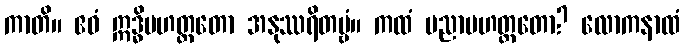
ကာတိ။ ဧဝံ ဣဒ္ဓိမဟတ္တတော အနုဿရိတဗ္ဗံ။ ကထံ ပညာမဟတ္တတော? လောကနာထံ